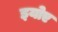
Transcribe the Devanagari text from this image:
इयोए